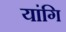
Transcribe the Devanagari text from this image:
यांगि